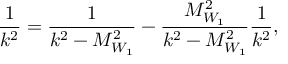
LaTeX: \frac { 1 } { k ^ { 2 } } = \frac { 1 } { k ^ { 2 } - M _ { W _ { 1 } } ^ { 2 } } - \frac { M _ { W _ { 1 } } ^ { 2 } } { k ^ { 2 } - M _ { W _ { 1 } } ^ { 2 } } \frac { 1 } { k ^ { 2 } } ,